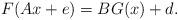
LaTeX: \begin{align*}F(Ax+e)=BG(x)+d.\end{align*}